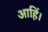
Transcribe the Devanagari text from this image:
आहिं।